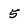
Character: 5